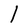
Character: l